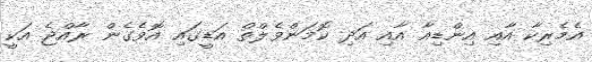
އެމެރިކާ އާއި އިންޑިއާ އާއި އަދި ކޮމަންވެލްތް އަޑީގައި އޮވެގެން ރާއްޖެ އަކީ